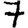
Digit: 7